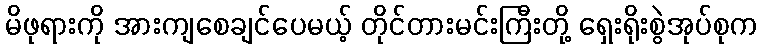
မိဖုရားကို အားကျစေချင်ပေမယ့် တိုင်တားမင်းကြီးတို့ ရှေးရိုးစွဲအုပ်စုက